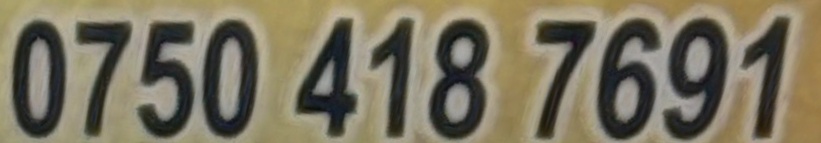
0750 418 7691